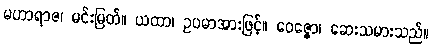
မဟာရာဇ၊ မင်းမြတ်။ ယထာ၊ ဥပမာအားဖြင့်။ ဝေဇ္ဇော၊ ဆေးသမားသည်။